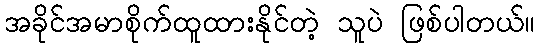
အခိုင်အမာစိုက်ထူထားနိုင်တဲ့ သူပဲ ဖြစ်ပါတယ်။